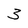
Character: 3